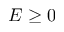
E \ge 0